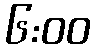
၆:၀၀